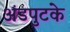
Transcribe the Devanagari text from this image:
अंडपुटके